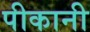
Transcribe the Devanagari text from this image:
पीकानी